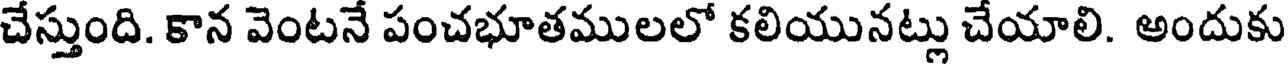
చేస్తుంది. కాన వెంటనే పంచభూతములలో కలియునట్లు చేయాలి. అందుకు